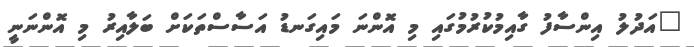
"އަދުލު އިންސާފު ގާއިމުކުރުމުގައި މި އޮންނަ މައިގަނޑު އަސާސްތަކަށް ބަލާއިރު މި އޮންނަނީ